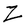
Character: Z